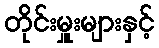
တိုင်းမှူးများနှင့်